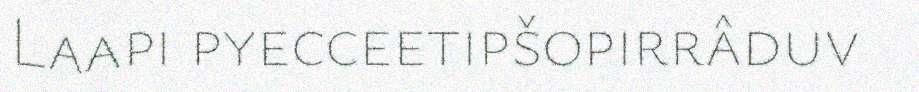
Laapi pyecceetipšopirrâduv